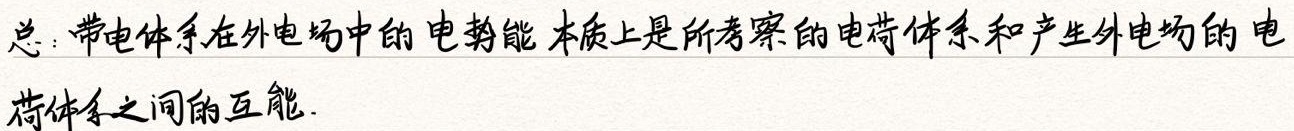
总：带电体系在外电场中的电势能本质上是所考察的电荷体系和产生外电场的电荷体系之间的互能.